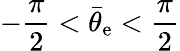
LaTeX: -\frac{\pi}{2}<\bar{\theta}_{\mathrm{e}}<\frac{\pi}{2}